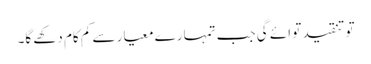
تو تنقید تو ائے گی جب تمہارے معیار سے کم کام دکھے گا۔